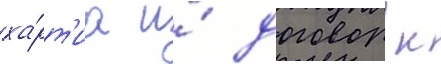
ха́рт'иа и́ договор к